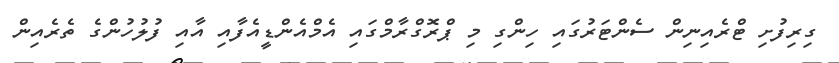
ގިރިފުށި ޓްރެއިނިން ސެންޓަރުގައި ހިންގި މި ޕްރޮގްރާމްގައި އެމްއެންޑީއެފާއި އާއި ފުލުހުންގެ ތެރެއިން